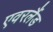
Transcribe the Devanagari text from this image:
एवरलैंड